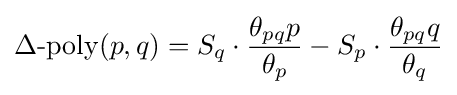
\operatorname {\Delta -poly} (p,q)=S_{q}\cdot {\frac {\theta _{pq}p}{\theta _{p}}}-S_{p}\cdot {\frac {\theta _{pq}q}{\theta _{q}}}